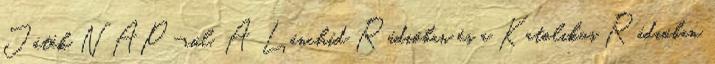
Játék NAP-ról. A Lánchíd Rádióban és a Katolikus Rádióban